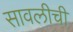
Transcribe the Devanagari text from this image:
सावलीची